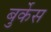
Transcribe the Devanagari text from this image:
बुर्केस